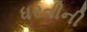
ધરતીની